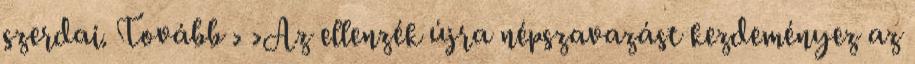
szerdai. Tovább › ›Az ellenzék újra népszavazást kezdeményez az